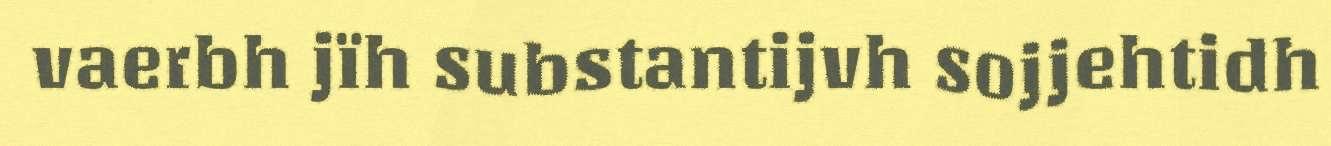
vaerbh jïh substantijvh sojjehtidh